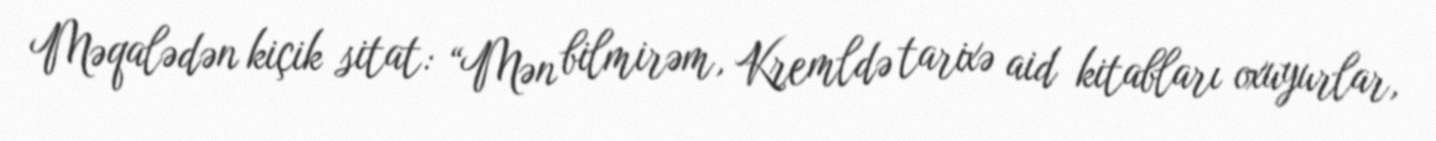
Məqalədən kiçik sitat: “Mən bilmirəm, Kremldə tarixə aid kitabları oxuyurlar,